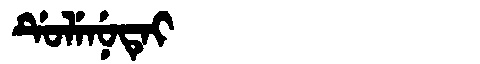
Manchu: ᡩᡠᠯᡝᠨᡠᡨᡝᡳ
Romanization: DULENUTEI